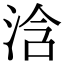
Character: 浛